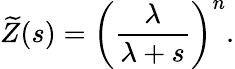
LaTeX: {\widetilde{Z}}(s)=\left({\frac{\lambda}{\lambda+s}}\right)^{n}.